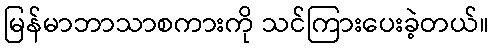
မြန်မာဘာသာစကားကို သင်ကြားပေးခဲ့တယ်။